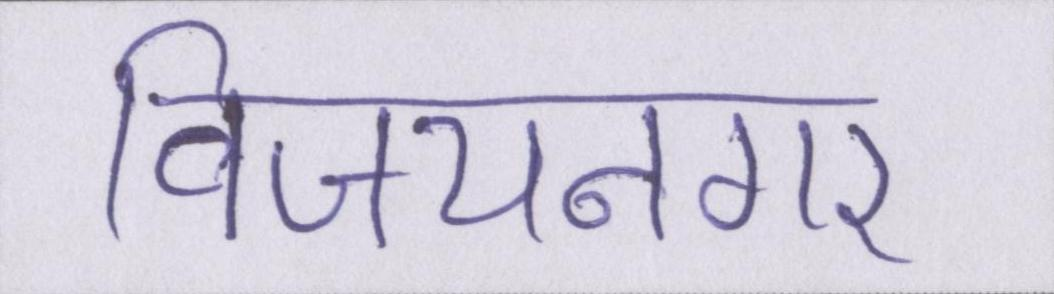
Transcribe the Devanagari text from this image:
विजयनगर